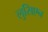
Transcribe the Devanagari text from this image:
लुसिएन